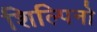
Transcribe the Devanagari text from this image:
शिल्पिनो